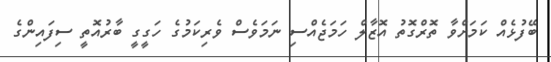
ބޭފުޅެއް ކަމަށްވާ ތޮރްގޮތު އޮޒާލް ހަމަޖެއްސި ނަމަވެސް ވެރިކަމުގެ ހަގީގީ ބާރުއޮތީ ސިފައިންގެ